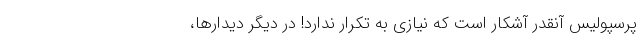
پرسپولیس آنقدر آشکار است که نیازی به تکرار ندارد! در دیگر دیدارها،